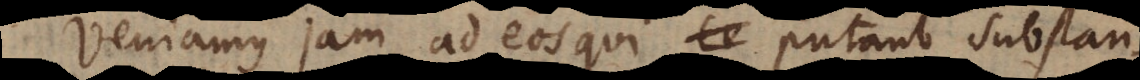
Veniamus jam ad eos qui putant substan